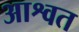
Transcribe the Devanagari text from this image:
आश्वत